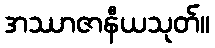
အဿာဇာနီယသုတ်။